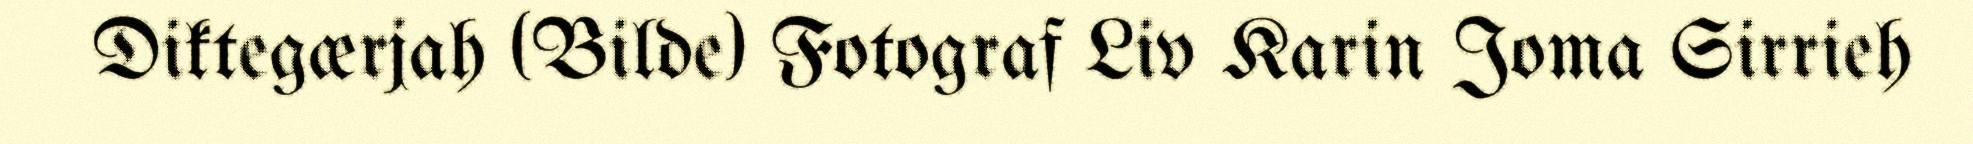
Diktegærjah (Bilde) Fotograf Liv Karin Joma Sirrieh